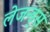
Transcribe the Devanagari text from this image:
लेजन्ड्स